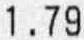
1.79